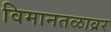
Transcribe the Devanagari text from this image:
विमानतळाव्रर